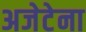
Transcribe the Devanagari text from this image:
अजेटेना